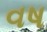
વષ